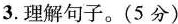
3.理解句子。(5分)